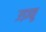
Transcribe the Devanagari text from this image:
उड़ाकू